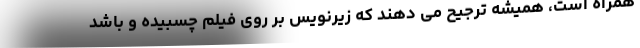
همراه است، همیشه ترجیح می دهند که زیرنویس بر روی فیلم چسبیده و باشد